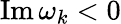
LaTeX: \operatorname{Im}\omega_{k}<0